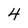
Character: 4